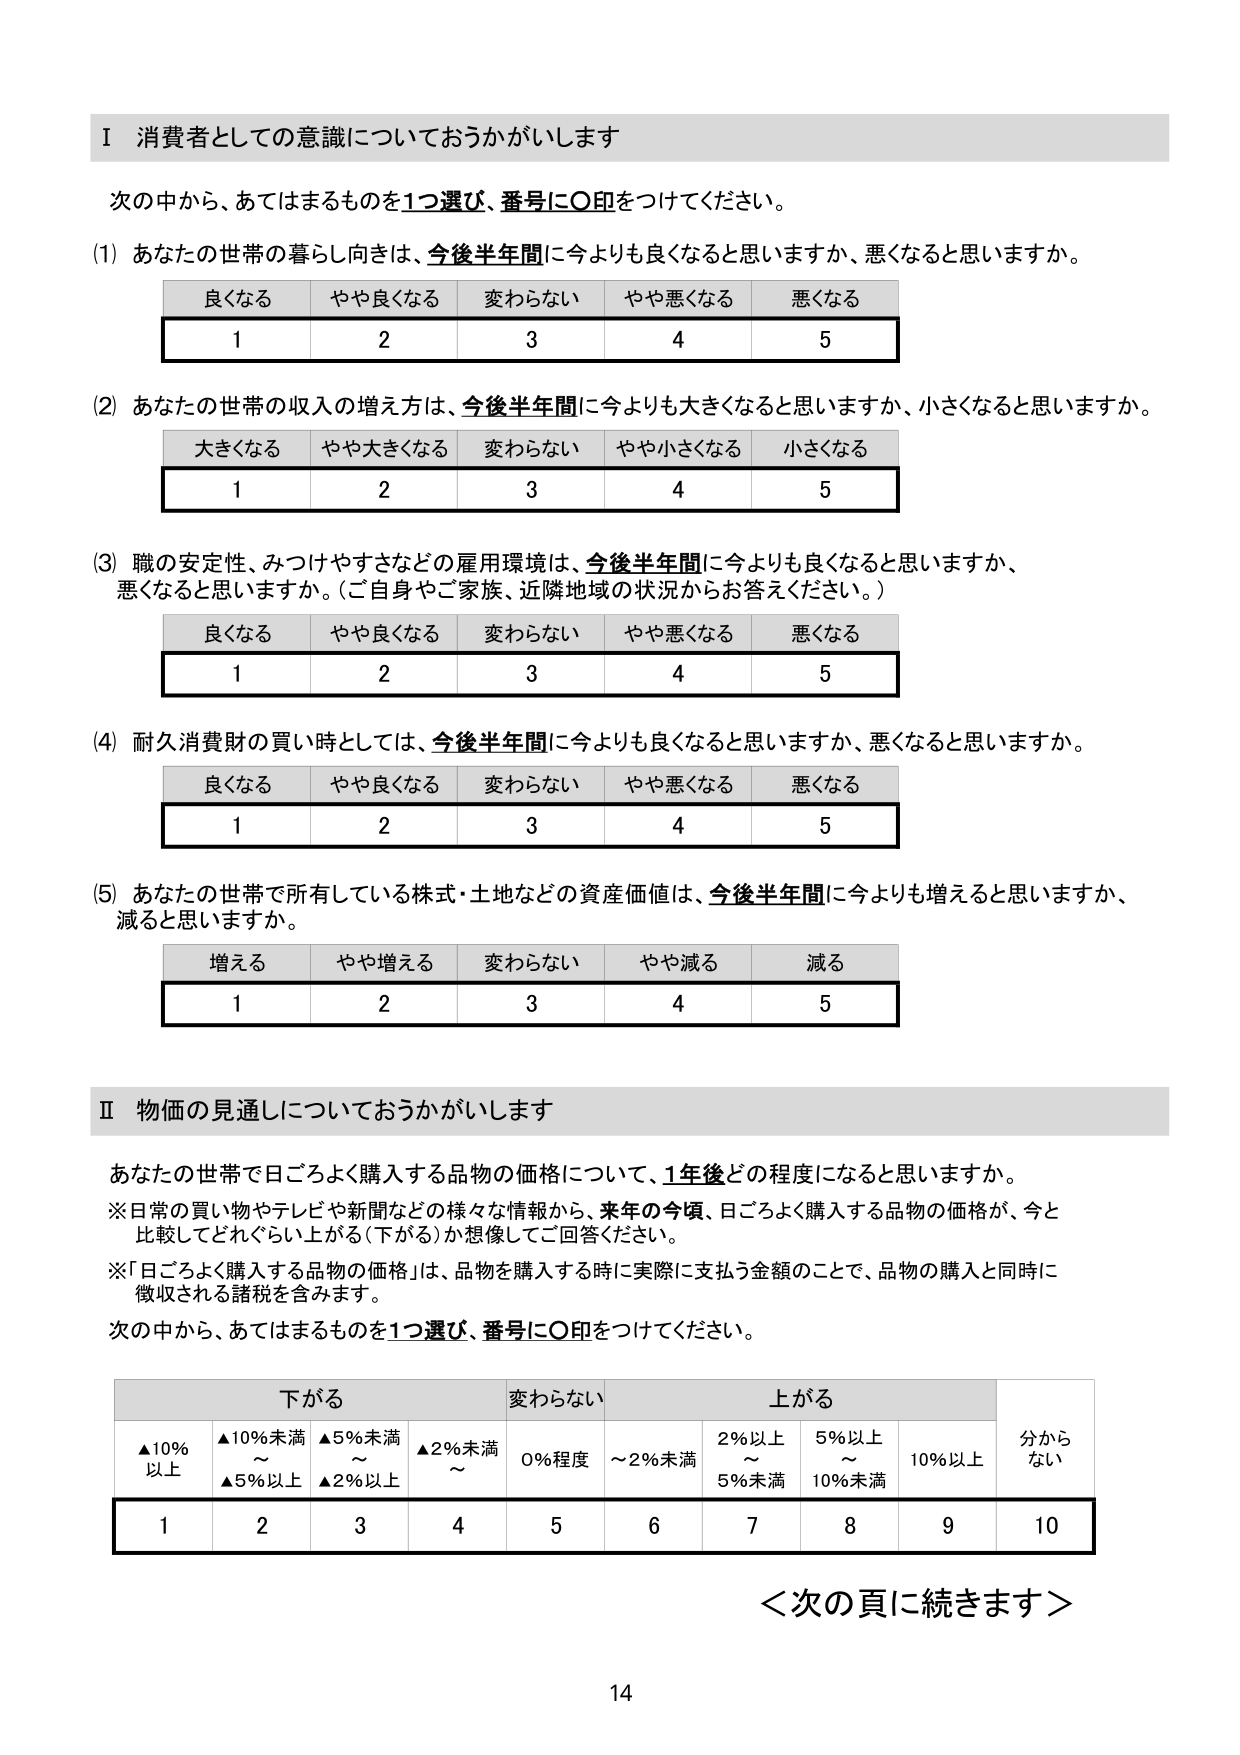
Ⅰ 消費者としての意識についておうかがいします

次の中から、あてはまるものを1つ選び、番号に○印をつけてください。

(1) あなたの世帯の暮らし向きは、今後半年間に今よりも良くなると思いますか、悪くなると思いますか。
　　良くなる　　やや良くなる　　変わらない　　やや悪くなる　　悪くなる
　　1　　　　　　2　　　　　　3　　　　　　4　　　　　　5

(2) あなたの世帯の収入の増え方は、今後半年間に今よりも大きくなると思いますか、小さくなると思いますか。
　　大きくなる　　やや大きくなる　　変わらない　　やや小さくなる　　小さくなる
　　1　　　　　　2　　　　　　3　　　　　　4　　　　　　5

(3) 職の安定性、みつけやすさなどの雇用環境は、今後半年間に今よりも良くなると思いますか、
　　悪くなると思いますか。（ご自身やご家族、近隣地域の状況からお答えください。）
　　良くなる　　やや良くなる　　変わらない　　やや悪くなる　　悪くなる
　　1　　　　　　2　　　　　　3　　　　　　4　　　　　　5

(4) 耐久消費財の買い時としては、今後半年間に今よりも良くなると思いますか、悪くなると思いますか。
　　良くなる　　やや良くなる　　変わらない　　やや悪くなる　　悪くなる
　　1　　　　　　2　　　　　　3　　　　　　4　　　　　　5

(5) あなたの世帯で所有している株式・土地などの資産価値は、今後半年間に今よりも増えると思いますか、
　　減ると思いますか。
　　増える　　やや増える　　変わらない　　やや減る　　減る
　　1　　　　　　2　　　　　　3　　　　　　4　　　　　　5

Ⅱ 物価の見通しについておうかがいします

あなたの世帯で日ごろよく購入する品物の価格について、1年後どの程度になると思いますか。
※日常の買い物やテレビや新聞などの様々な情報から、来年の今頃、日ごろよく購入する品物の価格が、今と
　比較してどれぐらい上がる（下がる）か想像してご回答ください。
※「日ごろよく購入する品物の価格」は、品物を購入する時に実際に支払う金額のことで、品物の購入と同時に
　徴収される諸税を含みます。
次の中から、あてはまるものを1つ選び、番号に○印をつけてください。

　　　　　下がる　　　　　　　　変わらない　　　　　　　　上がる　　　　　　　　分からない
　　▲10%以上　　▲10%未満～▲5%以上　　▲5%未満～▲2%以上　　▲2%未満～　　0%程度　　～2%未満　　2%以上～5%未満　　5%以上～10%未満　　10%以上
　　1　　　　　　2　　　　　　3　　　　　　4　　　　　　5　　　　　　6　　　　　　7　　　　　　8　　　　　　9　　　　　　10

＜次の頁に続きます＞

14